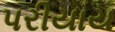
પરીયાય